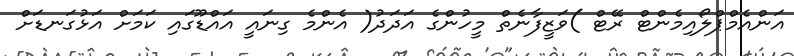
އަންއެމްޕްލޯއިމެންޓް ރޭޓް )ވަޒީފާނެތް މީހުންގެ އަދަދު( އެންމެ ގިނައީ އައްޑޫގައި ކަމަށް އަޅުގަނޑަށް